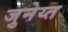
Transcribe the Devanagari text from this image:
जुनेय्त